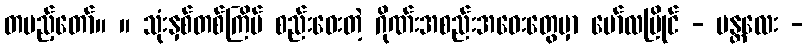
တပည့်တော်။ ။ သုံးနှစ်တစ်ကြိမ် စည်းဝေးတဲ့ ဂိုဏ်းအစည်းအဝေးတွေမှာ မော်လမြိုင် - မန္တလေး -